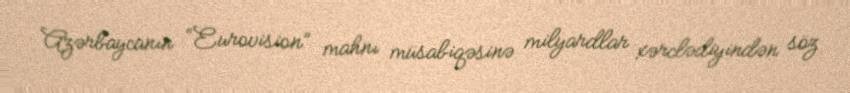
Azərbaycanın “Eurovision” mahnı müsabiqəsinə milyardlar xərclədiyindən söz